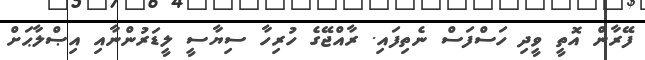
ފޭރާން އޮތީ ވީދި ހަސްފަސް ނެތިފައި. ރާއްޖޭގެ ހުރިހާ ސިޔާސީ ލީޑަރުންނާއި އިޞްލާޙަށް